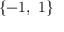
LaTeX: \{ - 1 , \ 1 \}